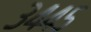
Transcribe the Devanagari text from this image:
३४४५